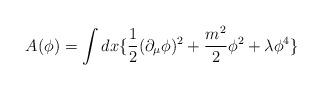
LaTeX: \begin{align*}A(\phi) = \int dx \{\frac{1}{2} (\partial_{\mu}\phi)^2 +\frac{m^2}{2} \phi^2 + \lambda\phi^4\}\end{align*}